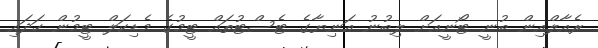
ރެއާލްއިން ބުނީ ޓޯނީއަށް ލިބުނު އަނިޔާގެ ޓެސްޓުތައް ޓީމުގެ މެޑިކަލް ޓީމުން ހަދައި